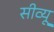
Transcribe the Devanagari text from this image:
सीव्‍यू